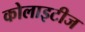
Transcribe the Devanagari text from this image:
कोलाइटीज